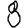
Digit: 8